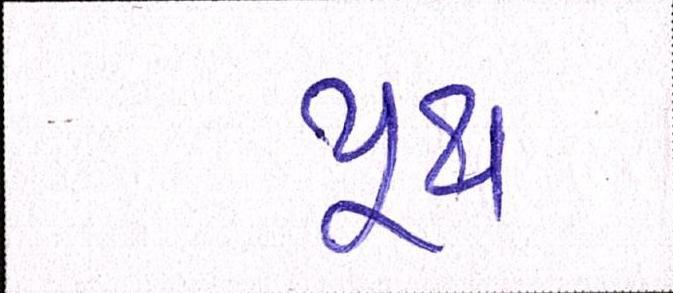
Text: યૂથ